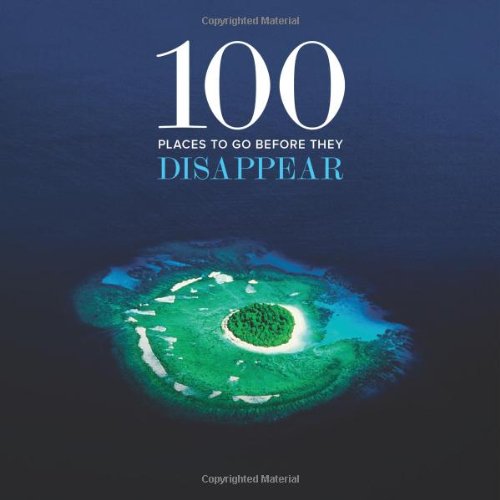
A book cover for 100 Places to Go Before They Disappear; Co+Life; Sports & Outdoors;